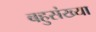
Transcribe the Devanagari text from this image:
बहुसंख्‍या